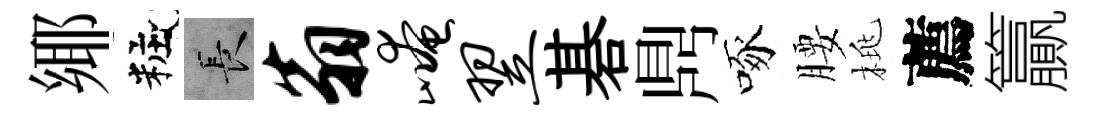
鄊粧长翁崦翌碁𪔂啄腰桃薦籯